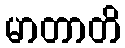
မာတာတိ